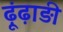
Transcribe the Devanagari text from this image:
ढ़ूंढ़ाड़ी